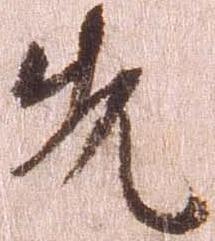
先